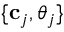
\{ \mathbf { c } _ { j } , \theta _ { j } \}